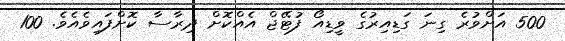
500 އަށްވުރެ ގިނަ ގަޑިއިރުގެ ވީޑިއޯ ފުޓޭޖް އެއްކޮށް ދިރާސާ ކޮށްފައިވެއެވެ. 100